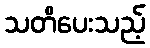
သတိပေးသည့်